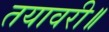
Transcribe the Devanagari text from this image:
तयावरी॥